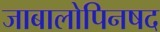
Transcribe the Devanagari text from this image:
जाबालोपिनषद